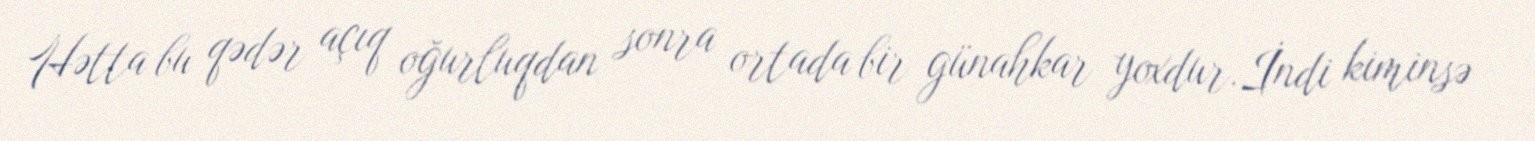
Hətta bu qədər açıq oğurluqdan sonra ortada bir günahkar yoxdur.İndi kiminsə